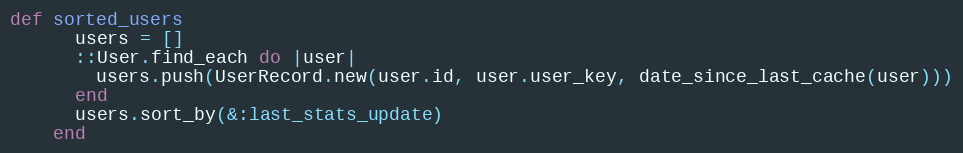
Language: Ruby
def sorted_users
      users = []
      ::User.find_each do |user|
        users.push(UserRecord.new(user.id, user.user_key, date_since_last_cache(user)))
      end
      users.sort_by(&:last_stats_update)
    end